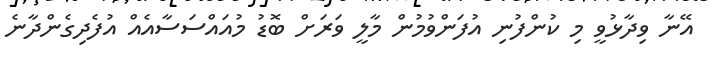
އޭނާ ވިދާޅުވީ މި ކުންފުނި އުފަންވުމުން މާލީ ވަރަށް ބޮޑު މުއައްސަސާއެއް އުފެދިގެންދާނެ